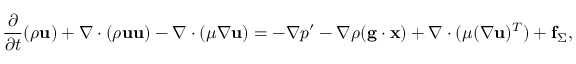
\frac { \partial } { \partial t } ( \rho \mathbf { u } ) + \nabla \cdot ( \rho \mathbf { u } \mathbf { u } ) - \nabla \cdot ( \mu \nabla \mathbf { u } ) = - \nabla p ^ { \prime } - \nabla \rho ( \mathbf { g } \cdot \mathbf { x } ) + \nabla \cdot ( \mu ( \nabla \mathbf { u } ) ^ { T } ) + \mathbf { f } _ { \Sigma } ,